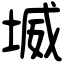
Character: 㙎